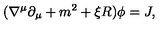
( \nabla ^ { \mu } \partial _ { \mu } + m ^ { 2 } + \xi R ) \phi = J ,